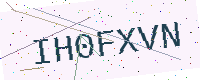
Text: IH0FXVN